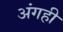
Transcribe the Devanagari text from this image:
अंगही